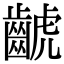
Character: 𪘰